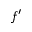
f ^ { \prime }